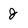
Character: j